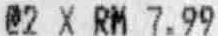
@2 X RM 7.99